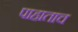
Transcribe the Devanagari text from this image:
पाहाताच